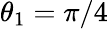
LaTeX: \theta_{1}=\pi/4